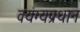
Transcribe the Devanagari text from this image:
वयंग्यप्रधान